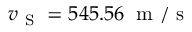
v _ { \mathrm { ~ S ~ } } = 5 4 5 . 5 6 \; \mathrm { ~ m ~ } / \mathrm { ~ s ~ }